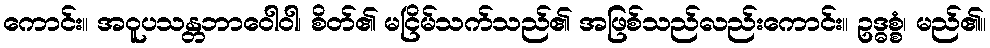
ကောင်း။ အဝူပသန္တဘာဝေါဝါ၊ စိတ်၏ မငြိမ်သက်သည်၏ အဖြစ်သည်လည်းကောင်း။ ဥဒ္ဓစ္စံ၊ မည်၏။